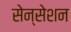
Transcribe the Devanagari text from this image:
सेन्सेशन